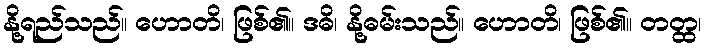
နို့ရည်သည်။ ဟောတိ၊ ဖြစ်၏။ ဒဓိ၊ နို့ဓမ်းသည်။ ဟောတိ၊ ဖြစ်၏။ တတ္ထ၊